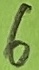
Text: 6